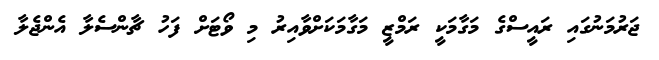
ޖަރުމަނުގައި ރައީސްގެ މަގާމަކީ ރަމްޒީ މަގާމަކަށްވާއިރު މި ވޯޓަށް ފަހު ޗާންސެލާ އެންޖެލާ